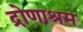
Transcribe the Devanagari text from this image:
द्रोणाश्रम